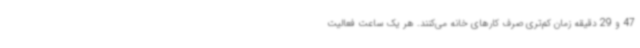
47 و 29 دقیقه زمان کم‌تری صرف کارهای خانه می‌کنند. هر یک ساعت فعالیت